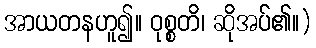
အာယတနဟူ၍။ ဝုစ္စတိ၊ ဆိုအပ်၏။)